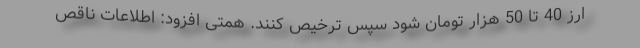
ارز 40 تا 50 هزار تومان شود سپس ترخیص کنند. همتی افزود: اطلاعات ناقص